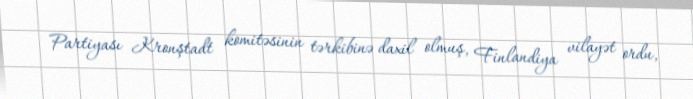
Partiyası Kronştadt komitəsinin tərkibinə daxil olmuş, Finlandiya vilayət ordu,